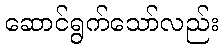
ဆောင်ရွက်သော်လည်း